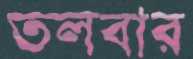
তলবার